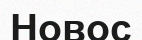
Новос